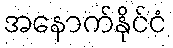
အနောက်နိုင်ငံ